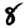
Digit: 8